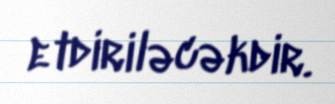
etdiriləcəkdir.